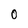
Character: 0